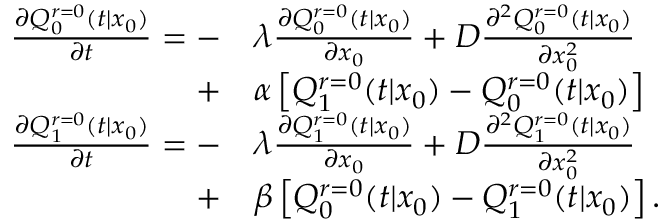
\begin{array} { r l } { \frac { \partial Q _ { 0 } ^ { r = 0 } ( t | x _ { 0 } ) } { \partial t } = - } & { { } \lambda \frac { \partial Q _ { 0 } ^ { r = 0 } ( t | x _ { 0 } ) } { \partial x _ { 0 } } + D \frac { \partial ^ { 2 } Q _ { 0 } ^ { r = 0 } ( t | x _ { 0 } ) } { \partial x _ { 0 } ^ { 2 } } } \\ { + } & { { } \alpha \left[ Q _ { 1 } ^ { r = 0 } ( t | x _ { 0 } ) - Q _ { 0 } ^ { r = 0 } ( t | x _ { 0 } ) \right] } \\ { \frac { \partial Q _ { 1 } ^ { r = 0 } ( t | x _ { 0 } ) } { \partial t } = - } & { { } \lambda \frac { \partial Q _ { 1 } ^ { r = 0 } ( t | x _ { 0 } ) } { \partial x _ { 0 } } + D \frac { \partial ^ { 2 } Q _ { 1 } ^ { r = 0 } ( t | x _ { 0 } ) } { \partial x _ { 0 } ^ { 2 } } } \\ { + } & { { } \beta \left[ Q _ { 0 } ^ { r = 0 } ( t | x _ { 0 } ) - Q _ { 1 } ^ { r = 0 } ( t | x _ { 0 } ) \right] . } \end{array}